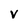
Character: V